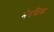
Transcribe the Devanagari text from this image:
भेगशिश्ना